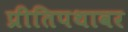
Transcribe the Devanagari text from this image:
प्रीतिपथावर